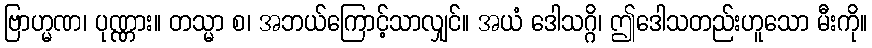
ဗြာဟ္မဏ၊ ပုဏ္ဏား။ တသ္မာ စ၊ အဘယ်ကြောင့်သာလျှင်။ အယံ ဒေါသဂ္ဂိ၊ ဤဒေါသတည်းဟူသော မီးကို။